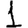
Digit: 1